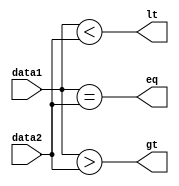
`timescale 1ns/1ps 
module COMPARE (
    output wire lt, gt, eq, 
    input wire [15:0] data1, data2
);

assign lt= data1<data2;
assign gt= data1>data2;
assign eq= data1==data2;
endmodule //COMPARE